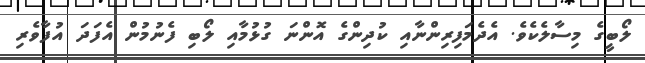
ލޯބީގެ މިސާލެކެވެ. އެދެމަފިރިންނާއި ކުދިންގެ އޮންނަ ގުޅުމާއި ލޯބި ފެނުމުން އެފަދަ އުފާވެރި